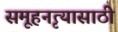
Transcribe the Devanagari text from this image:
समूहनृत्यासाठी